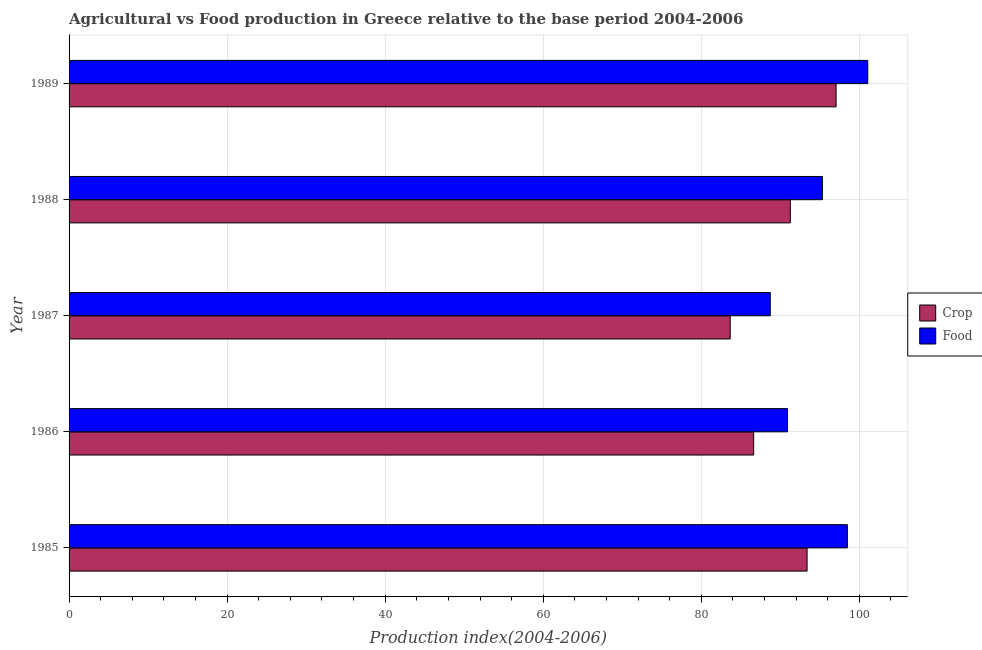
| Year | Crop | Food |
 | --- | --- | --- |
 | 1985 | 93.4 | 98.5 |
 | 1986 | 86.6 | 90.9 |
 | 1987 | 83.7 | 88.7 |
 | 1988 | 91.3 | 95.3 |
 | 1989 | 97.1 | 101 |